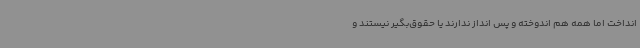
انداخت اما همه هم اندوخته و پس انداز ندارند یا حقوق‌بگیر نیستند و